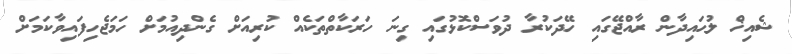
ޝެއިޚް ލުޙައިދާން ރާއްޖޭގައި ހޭދަކުރާ ދުވަސްކޮޅުގައި ގިނަ ހަރަކާތްތަކެއް ކުރިއަށް ގެންދިއުމަށް ހަމަޖެހިފައިވާކަމަށް